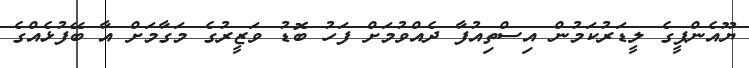
ޔޫއެންޕީގެ ލީޑަރުކަމުން އިސްތިއުފާ ދެއްވުމަށް ފަހު ބޮޑު ވަޒީރުގެ މަގާމަށް އާ ބޭފުޅެއްގެ